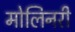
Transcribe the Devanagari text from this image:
मोलिनरी